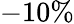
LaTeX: -10\%